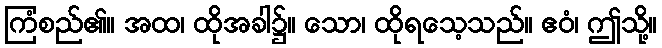
ကြံစည်၏။ အထ၊ ထိုအခါ၌။ သော၊ ထိုရသေ့သည်။ ဧဝံ၊ ဤသို့။